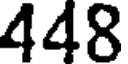
448